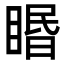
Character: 䁕